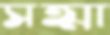
সত্মা